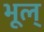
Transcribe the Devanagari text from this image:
भूल्